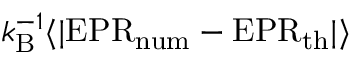
k _ { \mathrm { B } } ^ { - 1 } \langle \vert \mathrm { E P R } _ { \mathrm { n u m } } - \mathrm { E P R } _ { \mathrm { t h } } \vert \rangle